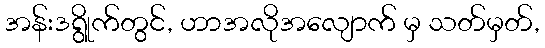
အန်းဒရွိုက်တွင်, ဟာအလိုအလျောက် မှ သတ်မှတ်,